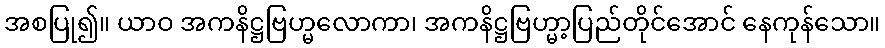
အစပြု၍။ ယာဝ အကနိဋ္ဌဗြဟ္မလောကာ၊ အကနိဋ္ဌဗြဟ္မာ့ပြည်တိုင်အောင် နေကုန်သော။